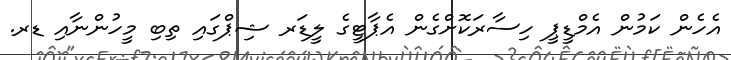
އެހެން ކަމުން އެމްޑީޕީ ހިސާރަކޮށްގެން އެޕާޓީގެ ލީޑަރ ޝިޕްގައި ތިބި މީހުންނާއި ޑރ.